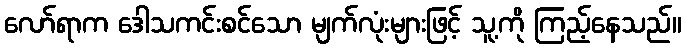
လော်ရာက ဒေါသကင်းစင်သော မျက်လုံးများဖြင့် သူ့ကို ကြည့်နေသည်။